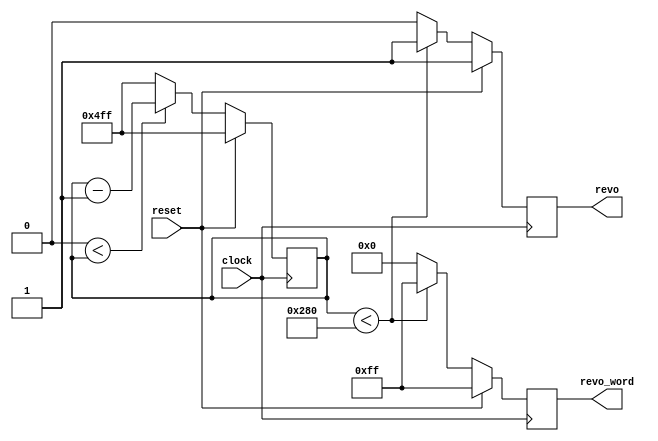
`timescale 1ns / 1ps
// written 2019-09-12 by mza
// based on mza_test031
// last updated 2020-01-10 by mza

module superkekb (
	input clock,
	input reset,
	output revo,
	output reg [7:0] revo_word
);
	reg reg_revo = 1;
	parameter number_of_quad_bunches_minus_one = 1280 - 1;
	parameter number_of_quad_bunches_over_two = 1280>>1;
	reg [10:0] quad_bunch_counter = number_of_quad_bunches_minus_one;
	always @(posedge clock) begin
		if (reset) begin
			quad_bunch_counter <= number_of_quad_bunches_minus_one;
			revo_word <= 8'b11111111;
			reg_revo <= 1;
		end else begin
			if (0<quad_bunch_counter) begin
				quad_bunch_counter <= quad_bunch_counter - 1'b1;
			end else begin
				quad_bunch_counter <= number_of_quad_bunches_minus_one;
			end
			if (quad_bunch_counter<number_of_quad_bunches_over_two) begin
				revo_word <= 8'b11111111;
				reg_revo <= 1;
			end else begin
				revo_word <= 8'b00000000;
				reg_revo <= 0;
			end
		end
	end
	assign revo = reg_revo;
endmodule